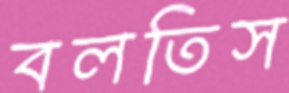
বলতিস